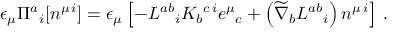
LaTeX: \epsilon _ { \mu } \Pi ^ { a } { } _ { i } [ n ^ { \mu \, i } ] = \epsilon _ { \mu } \left[ - L ^ { a b } { } _ { i } K _ { b } { } ^ { c \, i } e ^ { \mu } { } _ { c } + \left( \widetilde { \nabla } _ { b } L ^ { a b } { } _ { i } \right) n ^ { \mu \, i } \right] \, .